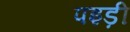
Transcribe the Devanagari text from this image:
पइड़ी